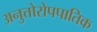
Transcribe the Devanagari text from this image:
अनुत्तोरोपपातिक